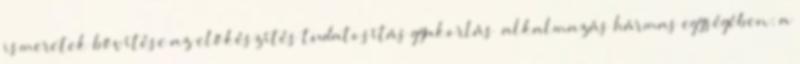
ismeretek bővítése az előkészítés tudatosítás gyakorlás alkalmazás hármas egységében: a